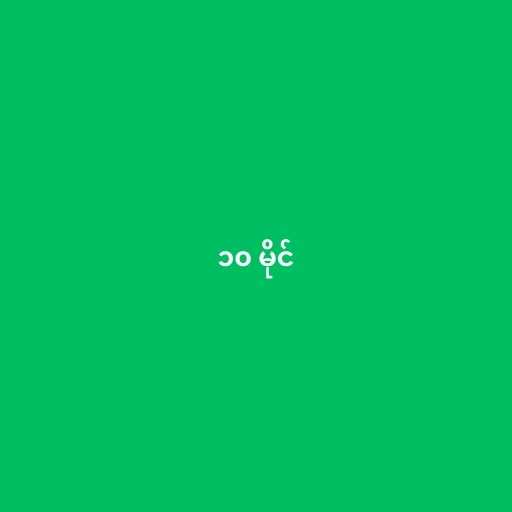
၁၀ မိုင်